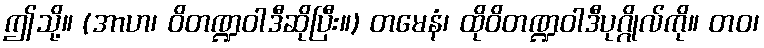
ဤသို့။ (အာဟ၊ ဝိတဏ္ဍဝါဒီဆိုပြီး။) တမေနံ၊ ထိုဝိတဏ္ဍဝါဒီပုဂ္ဂိုလ်ကို။ တဝ၊